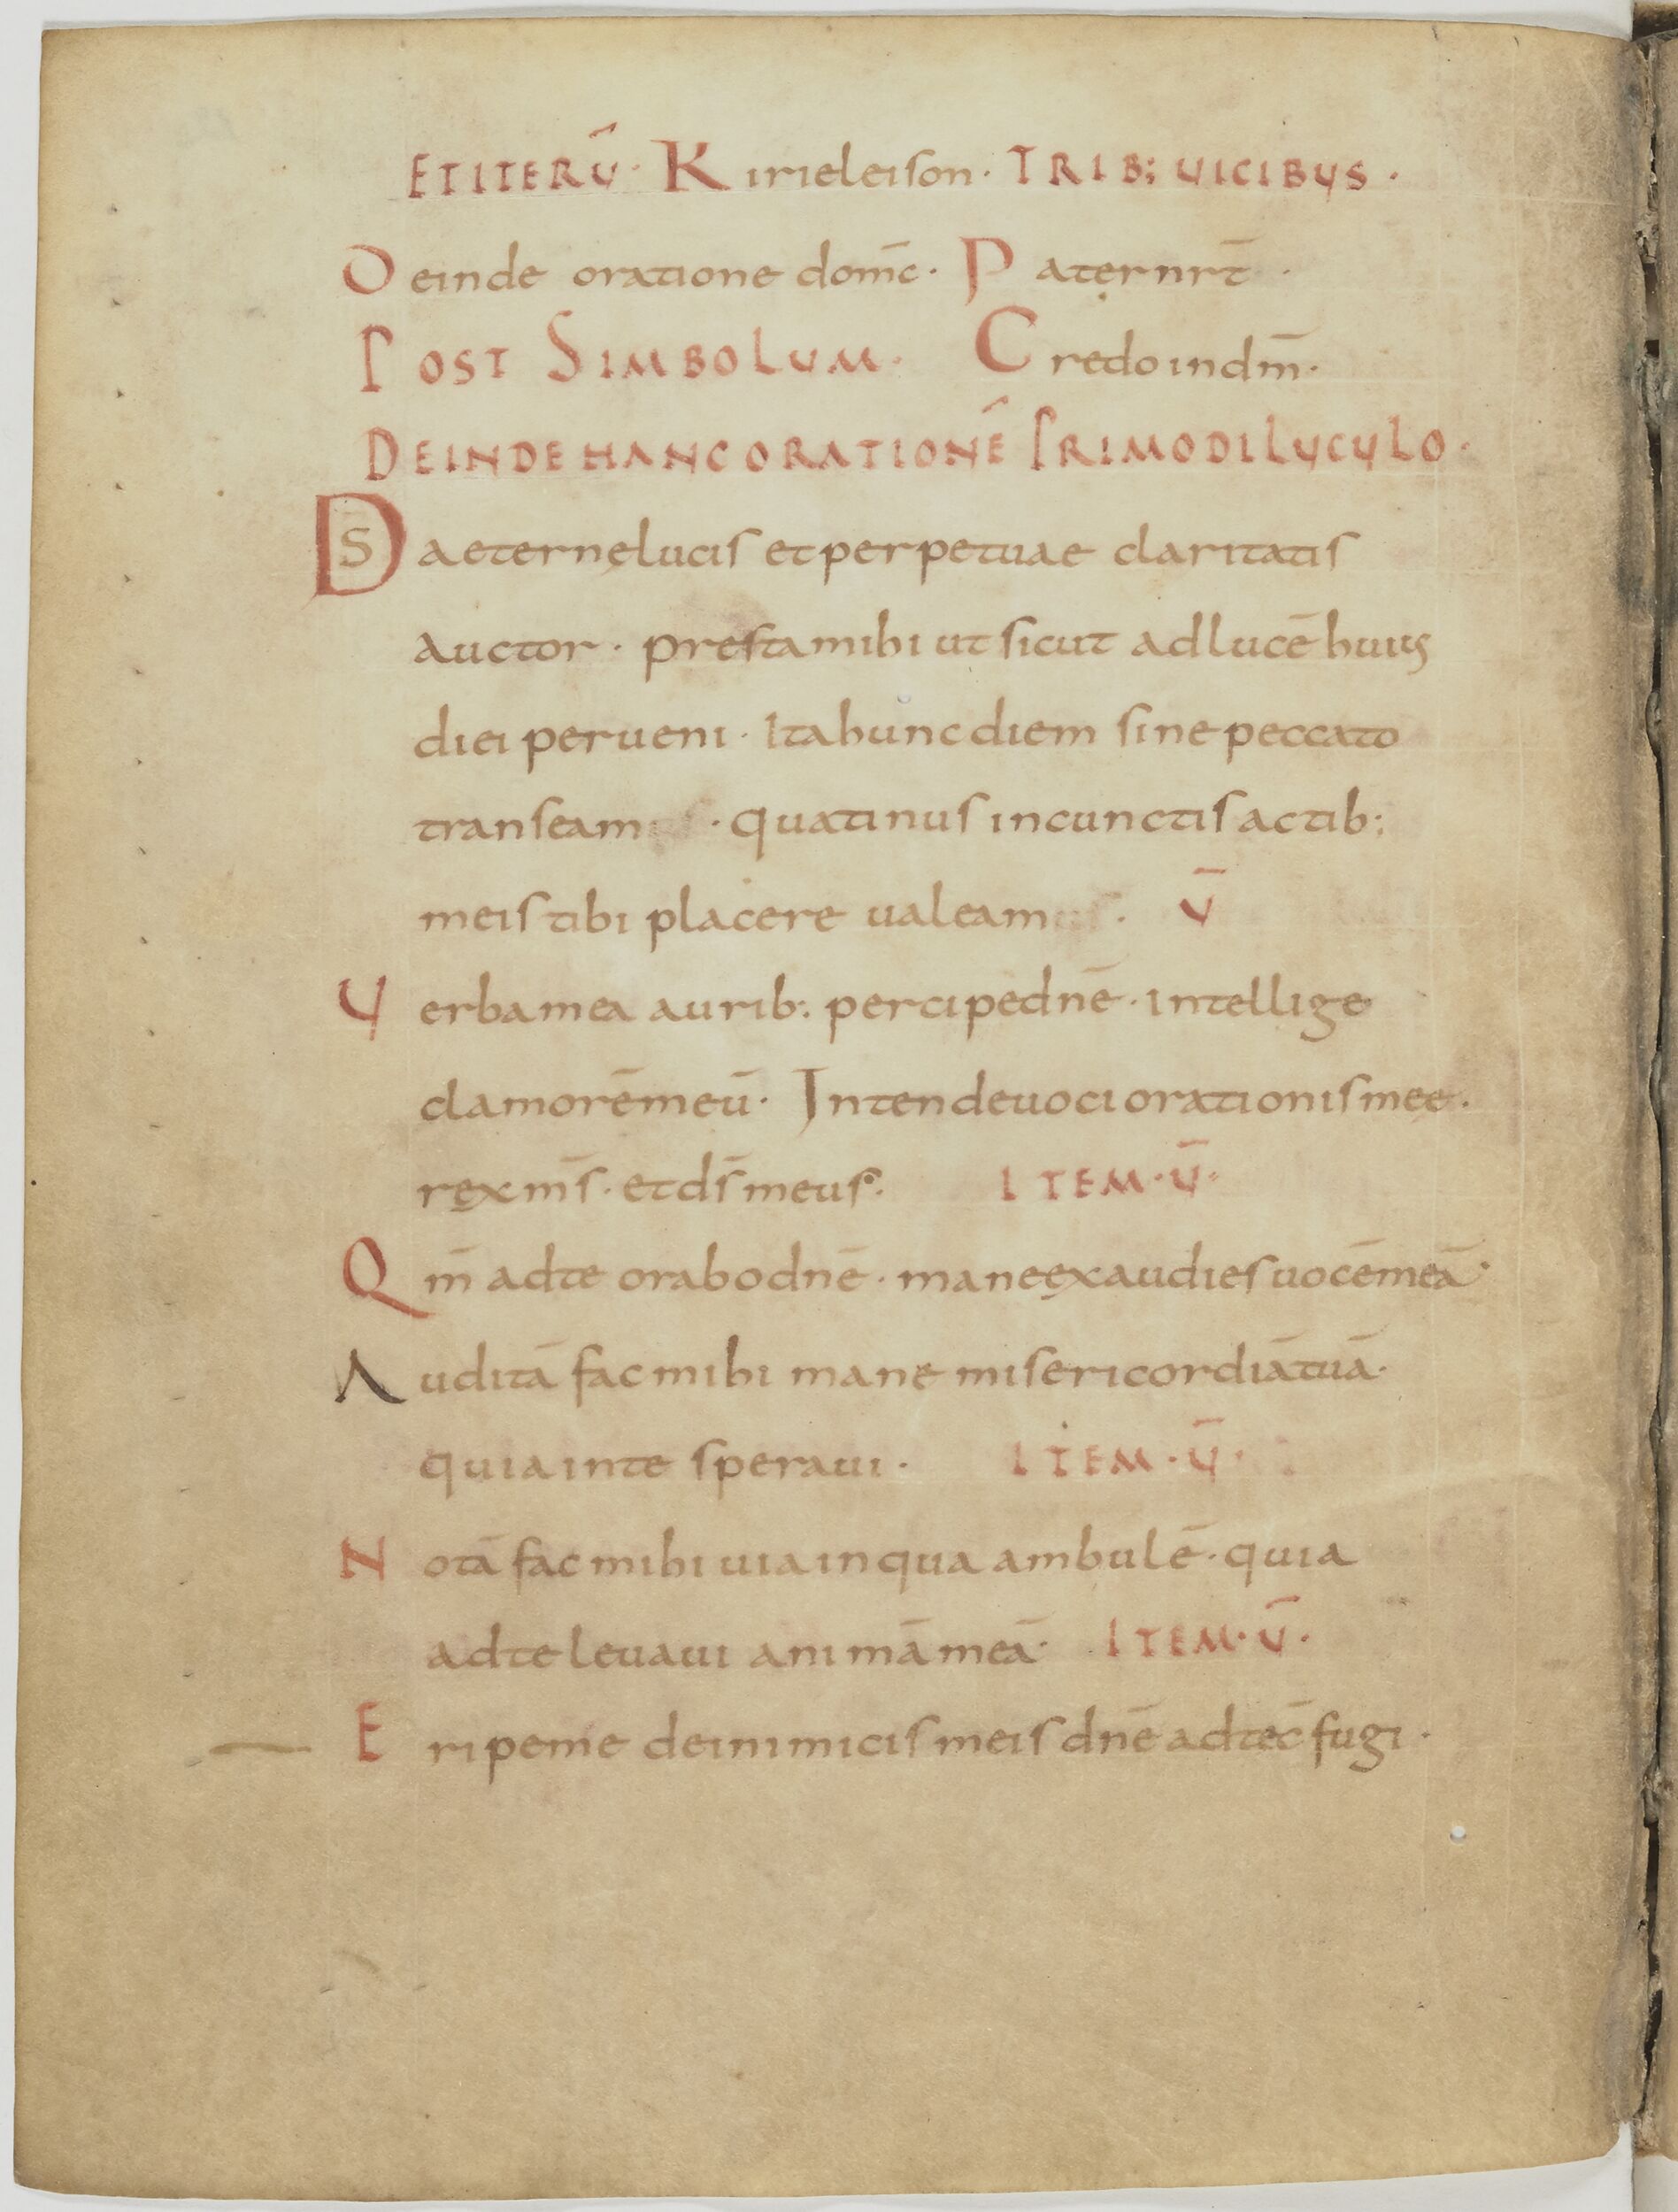
Shelfmark: Paris, BnF, lat. 13388
Century: 9